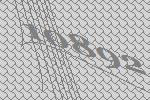
10892